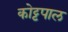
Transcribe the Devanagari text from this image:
कोट्टपाल